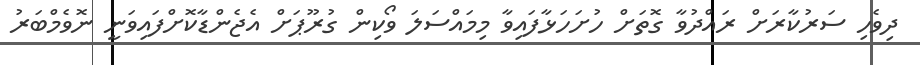
ދިވެހި ސަރުކާރަށް ރައްދުވާ ގޮތަށް ހުށަހަޅާފައިވާ މިމައްސަލަ ވޯކިން ގުރޫޕަށް އެޖެންޑާކޮށްފައިވަނީ ނޮވެމްބަރު